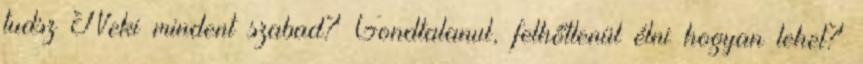
tudsz Neki mindent szabad? Gondtalanul, felhőtlenül élni hogyan lehet?